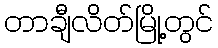
တာချီလိတ်မြို့တွင်